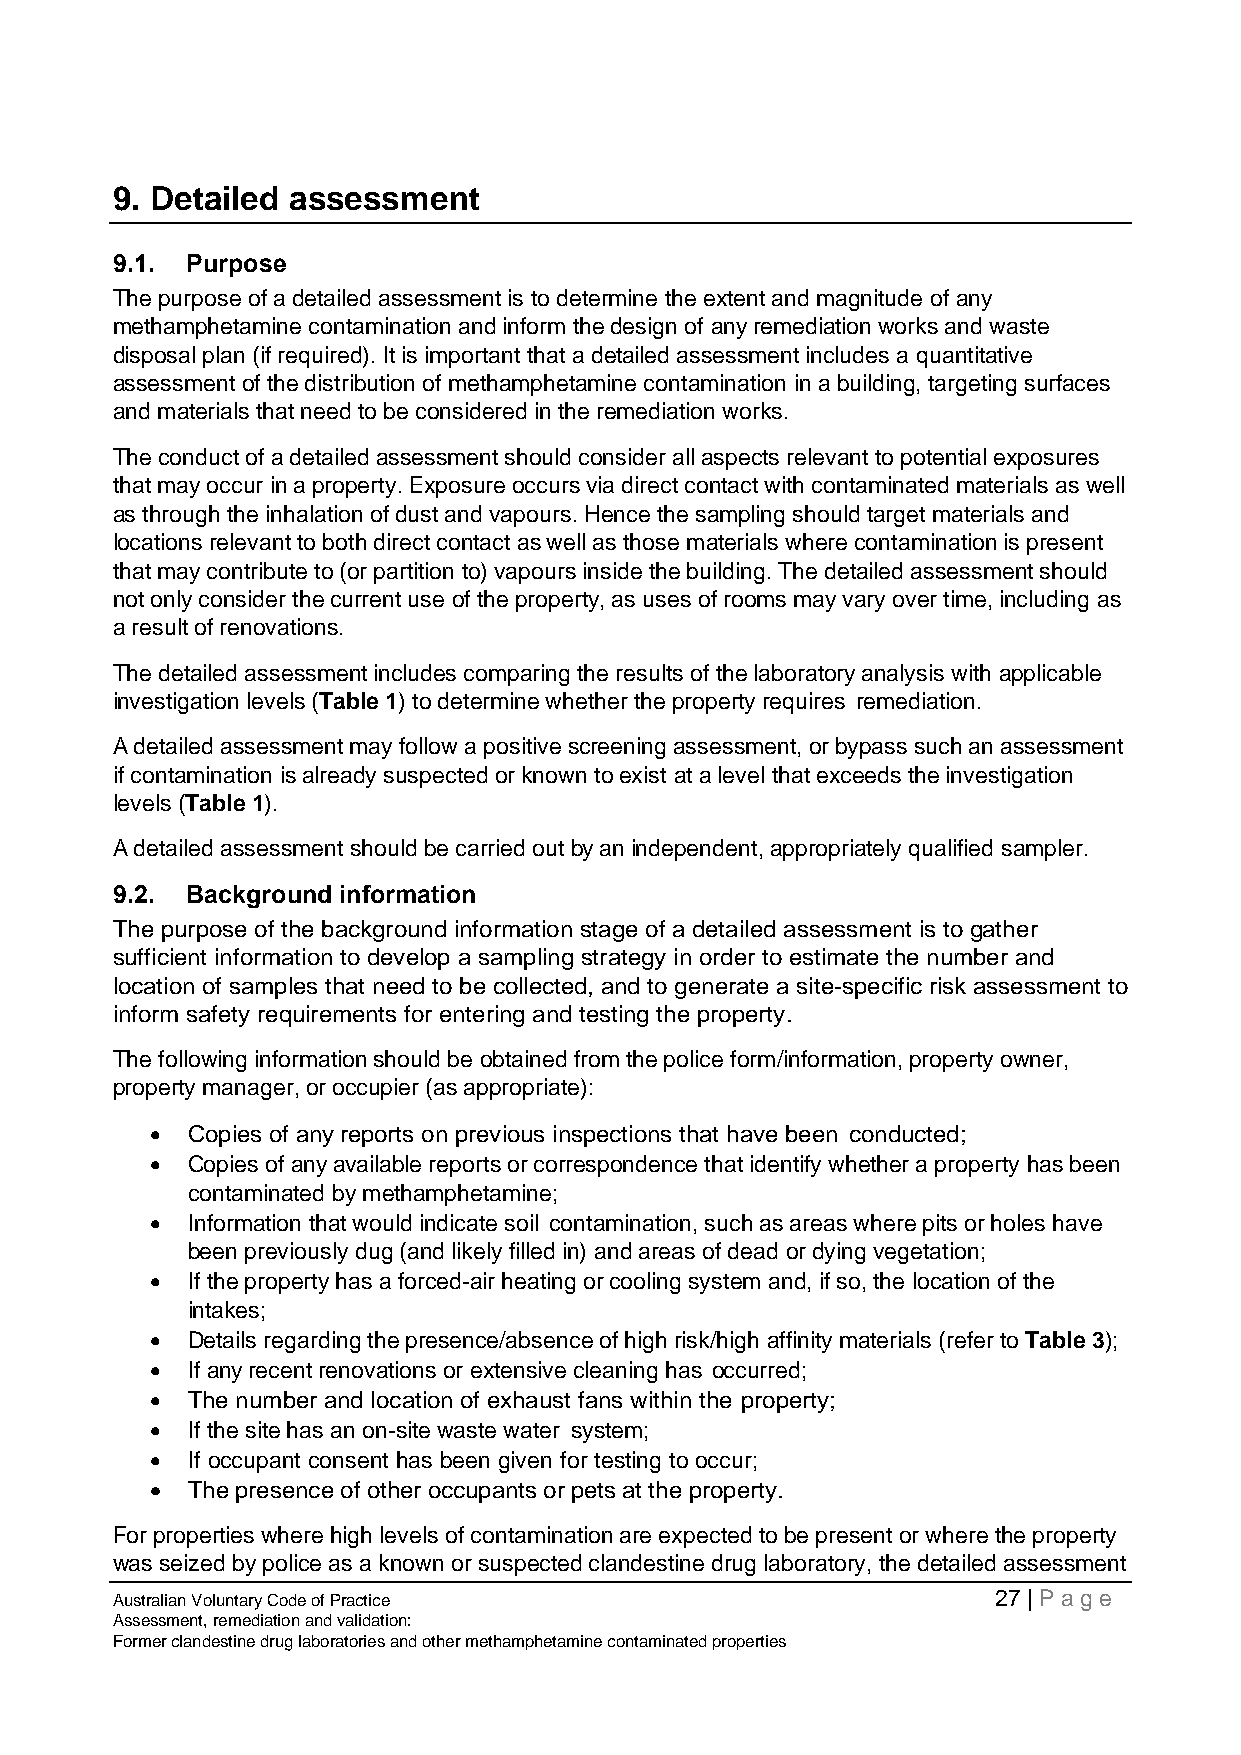
9. Detailed assessment
 9.1. Purpose
 The purpose of a detailed assessment is to determine the extent and magnitude of any
 methamphetamine contamination and inform the design of any remediation works and waste
 disposal plan (if required). It is important that a detailed assessment includes a quantitative
 assessment of the distribution of methamphetamine contamination in a building, targeting surfaces
 and materials that need to be considered in the remediation works.
 The conduct of a detailed assessment should consider all aspects relevant to potential exposures
 that may occur in a property. Exposure occurs via direct contact with contaminated materials as well
 as through the inhalation of dust and vapours. Hence the sampling should target materials and
 locations relevant to both direct contact as well as those materials where contamination is present
 that may contribute to (or partition to) vapours inside the building. The detailed assessment should
 not only consider the current use of the property, as uses of rooms may vary over time, including as
 a result of renovations.
 The detailed assessment includes comparing the results of the laboratory analysis with applicable
 investigation levels (Table 1) to determine whether the property requires remediation.
 A detailed assessment may follow a positive screening assessment, or bypass such an assessment
 if contamination is already suspected or known to exist at a level that exceeds the investigation
 levels (Table 1).
 A detailed assessment should be carried out by an independent, appropriately qualified sampler.
 9.2. Background information
 The purpose of the background information stage of a detailed assessment is to gather
 sufficient information to develop a sampling strategy in order to estimate the number and
 location of samples that need to be collected, and to generate a site-specific risk assessment to
 inform safety requirements for entering and testing the property.
 The following information should be obtained from the police form/information, property owner,
 property manager, or occupier (as appropriate):
 • Copies of any reports on previous inspections that have been conducted;
 • Copies of any available reports or correspondence that identify whether a property has been
 contaminated by methamphetamine;
 • Information that would indicate soil contamination, such as areas where pits or holes have
 been previously dug (and likely filled in) and areas of dead or dying vegetation;
 • If the property has a forced-air heating or cooling system and, if so, the location of the
 intakes;
 • Details regarding the presence/absence of high risk/high affinity materials (refer to Table 3);
 • If any recent renovations or extensive cleaning has occurred;
 • The number and location of exhaust fans within the property;
 • If the site has an on-site waste water system;
 • If occupant consent has been given for testing to occur;
 • The presence of other occupants or pets at the property.
 For properties where high levels of contamination are expected to be present or where the property
 was seized by police as a known or suspected clandestine drug laboratory, the detailed assessment
 Australian Voluntary Code of Practice                      27 | Page
 Assessment, remediation and validation:
 Former clandestine drug laboratories and other methamphetamine contaminated properties